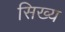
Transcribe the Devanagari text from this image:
सिख्य